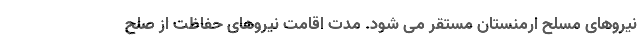
نیروهای مسلح ارمنستان مستقر می شود. مدت اقامت نیروهای حفاظت از صلح